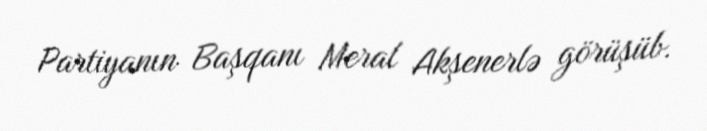
Partiyanın Başqanı Meral Akşenerlə görüşüb.